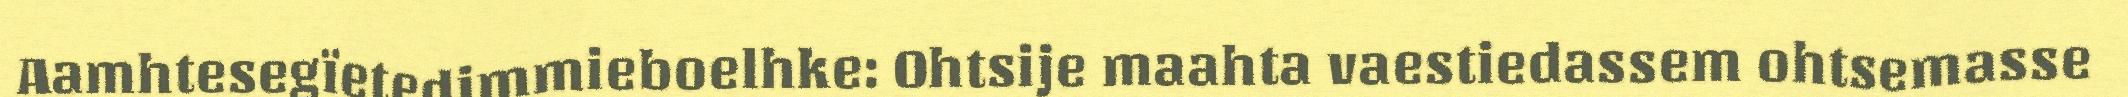
Aamhtesegïetedimmieboelhke: Ohtsije maahta vaestiedassem ohtsemasse